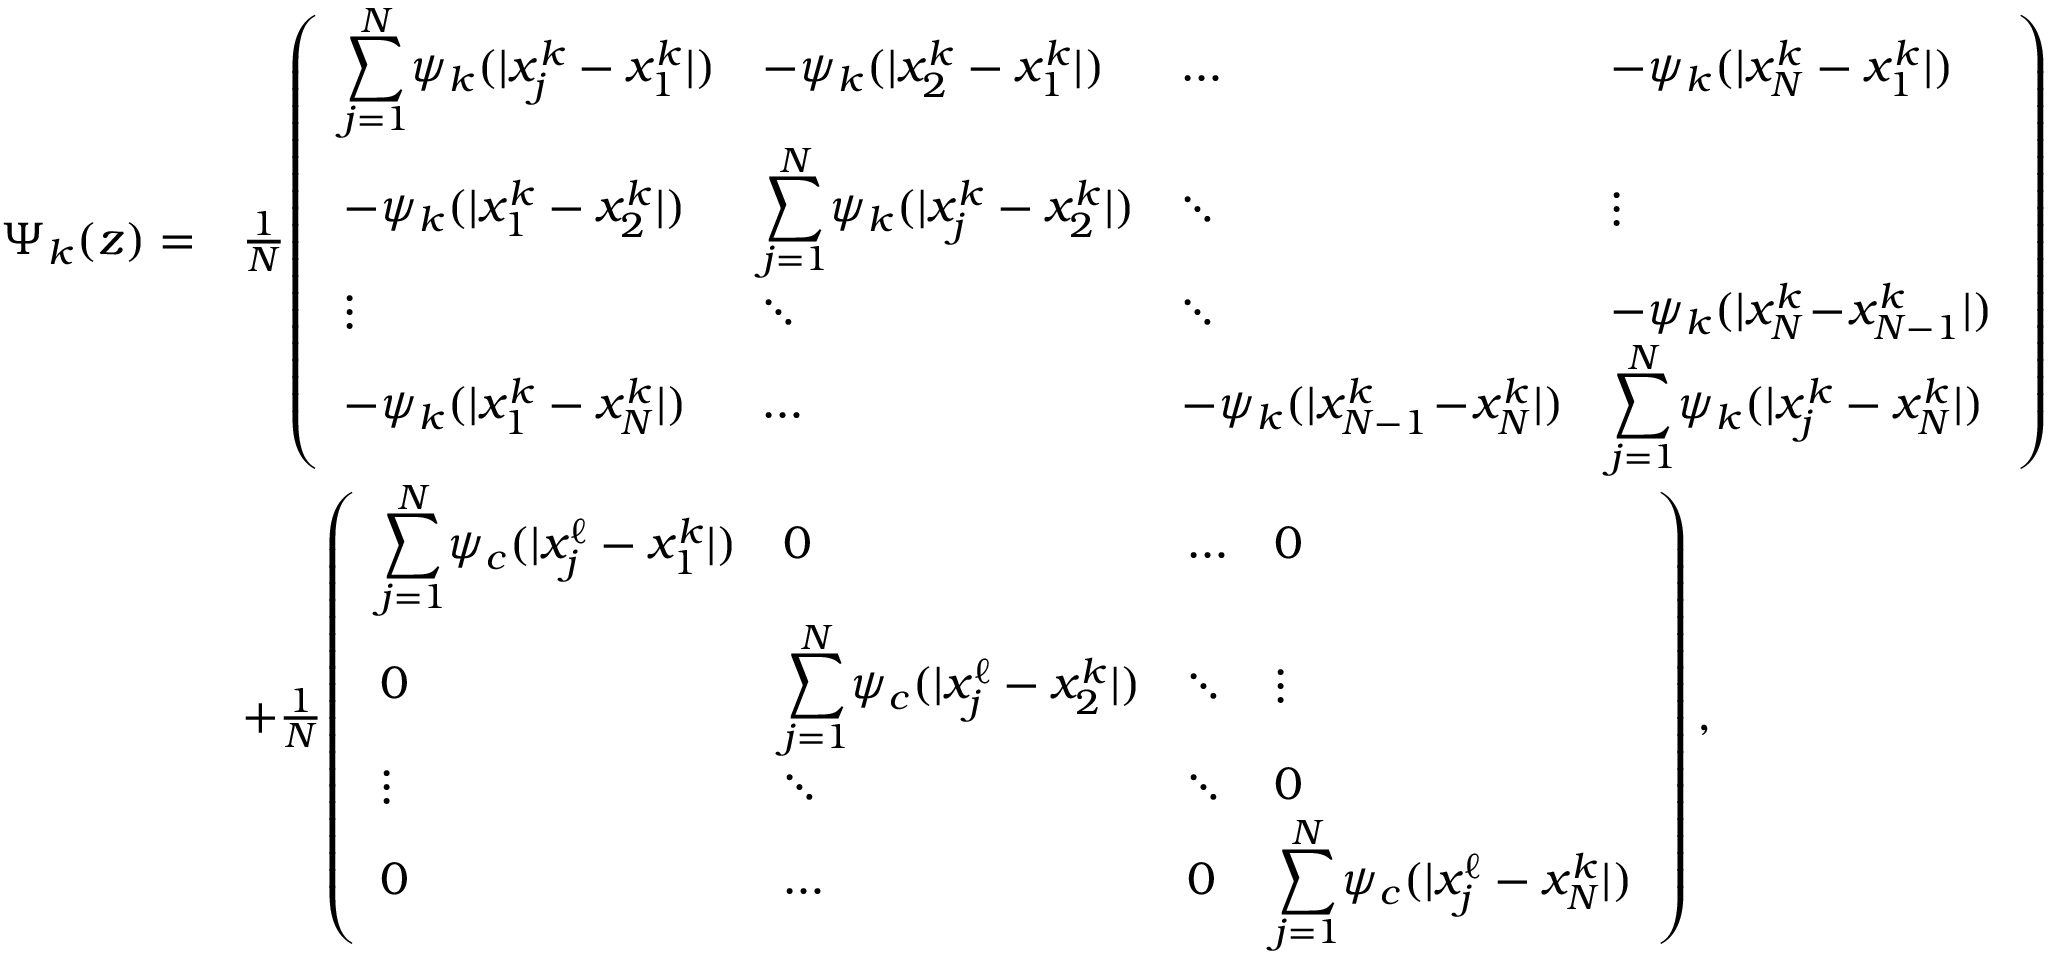
\begin{array} { r l } { \Psi _ { k } ( z ) = } & { \frac { 1 } { N } \! \left( \begin{array} { l l l l } { \displaystyle \sum _ { j = 1 } ^ { N } \! \psi _ { k } ( | x _ { j } ^ { k } - x _ { 1 } ^ { k } | ) } & { - \psi _ { k } ( | x _ { 2 } ^ { k } - x _ { 1 } ^ { k } | ) } & { \ldots } & { - \psi _ { k } ( | x _ { N } ^ { k } - x _ { 1 } ^ { k } | ) } \\ { - \psi _ { k } ( | x _ { 1 } ^ { k } - x _ { 2 } ^ { k } | ) } & { \displaystyle \sum _ { j = 1 } ^ { N } \! \psi _ { k } ( | x _ { j } ^ { k } - x _ { 2 } ^ { k } | ) } & { \ddots } & { \vdots } \\ { \vdots } & { \ddots } & { \ddots } & { - \psi _ { k } ( | x _ { N } ^ { k } \! - \! x _ { N - 1 } ^ { k } | ) } \\ { - \psi _ { k } ( | x _ { 1 } ^ { k } - x _ { N } ^ { k } | ) } & { \ldots } & { - \psi _ { k } ( | x _ { N - 1 } ^ { k } \! - \! x _ { N } ^ { k } | ) } & { \displaystyle \sum _ { j = 1 } ^ { N } \! \psi _ { k } ( | x _ { j } ^ { k } - x _ { N } ^ { k } | ) } \end{array} \right) } \\ & { + \frac { 1 } { N } \! \left( \begin{array} { l l l l } { \displaystyle \sum _ { j = 1 } ^ { N } \! \psi _ { c } ( | x _ { j } ^ { \ell } - x _ { 1 } ^ { k } | ) } & { 0 } & { \ldots } & { 0 } \\ { 0 } & { \displaystyle \sum _ { j = 1 } ^ { N } \! \psi _ { c } ( | x _ { j } ^ { \ell } - x _ { 2 } ^ { k } | ) } & { \ddots } & { \vdots } \\ { \vdots } & { \ddots } & { \ddots } & { 0 } \\ { 0 } & { \ldots } & { 0 } & { \displaystyle \sum _ { j = 1 } ^ { N } \! \psi _ { c } ( | x _ { j } ^ { \ell } - x _ { N } ^ { k } | ) } \end{array} \right) , } \end{array}